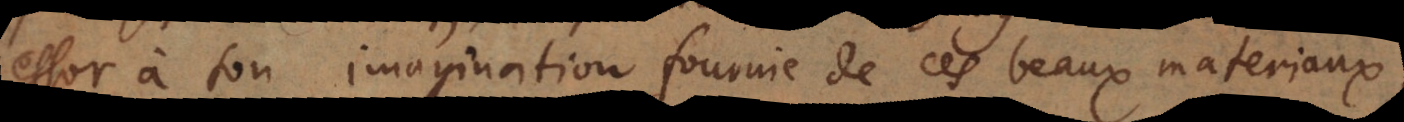
essor à son imagination fournie de ces beaux materiaux;